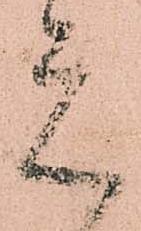
元